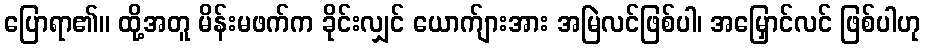
ပြောရာ၏။ ထို့အတူ မိန်းမဖက်က ခိုင်းလျှင် ယောက်ျားအား အမြဲလင်ဖြစ်ပါ၊ အမြှောင်လင် ဖြစ်ပါဟု